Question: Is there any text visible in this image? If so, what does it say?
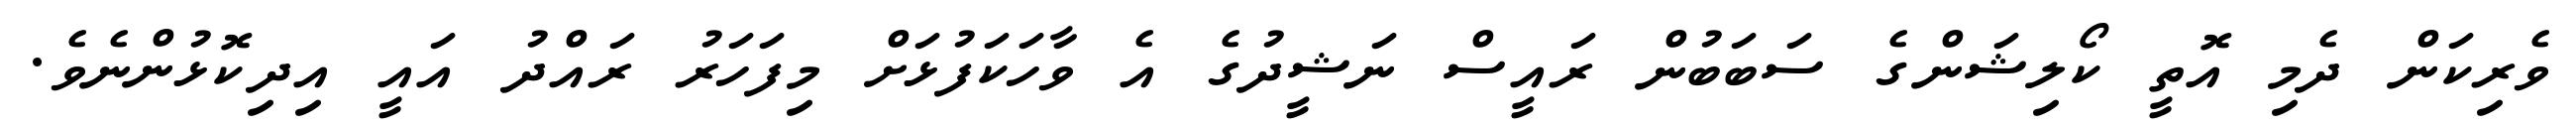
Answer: ވެރިކަން ދެމި އޮތީ ކޯލިޝަންގެ ސަބަބުން ރައީސް ނަޝީދުގެ އެ ވާހަކަފުޅަށް މިފަހަރު ރައްދު އައީ އިދިކޮޅުންނެވެ.